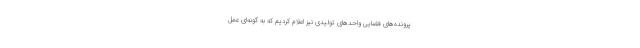
پرونده‌های قضایی واحدهای تولیدی نیز اعلام کردیم که به گونه‌ای عمل